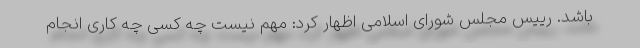
باشد. رییس مجلس شورای اسلامی اظهار کرد: مهم نیست چه کسی چه کاری انجام